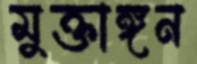
মুক্তাঙ্গন